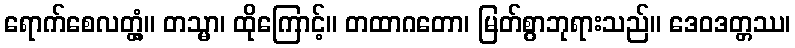
ရောက်စေလတ္တံ့။ တသ္မာ၊ ထိုကြောင့်။ တထာဂတော၊ မြတ်စွာဘုရားသည်။ ဒေဝဒတ္တဿ၊